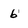
Character: 6